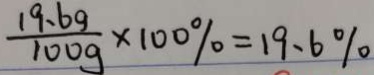
\frac { 1 9 . 6 g } { 1 0 0 g } \times 1 0 0 \% = 1 9 . 6 \%